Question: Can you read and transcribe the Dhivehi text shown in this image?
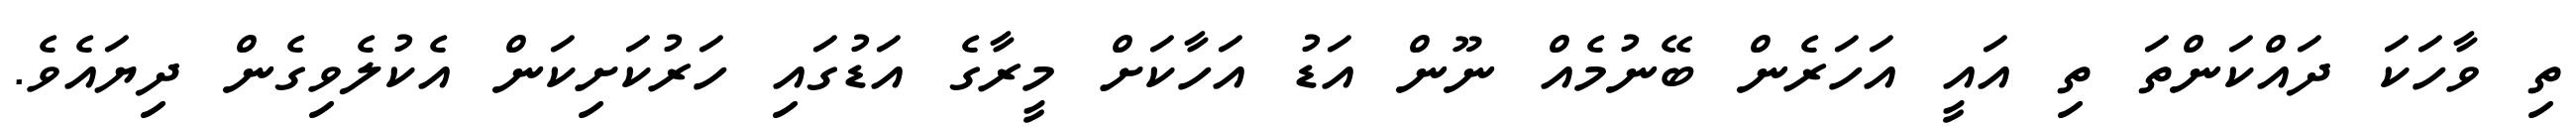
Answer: ތި ވާހަކަ ދައްކަންތަ ތި އައީ އަހަރެން ބޭނުމެއް ނޫން އަޑު އަހާކަށް މީރާގެ އަޑުގައި ހަރުކަށިކަން އެކުލެވިގެން ދިޔައެވެ.